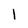
Character: l